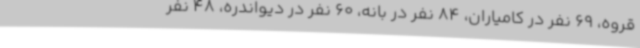
قروه، 69 نفر در کامیاران، 84 نفر در بانه، 60 نفر در دیواندره، 48 نفر